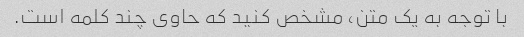
با توجه به یک متن، مشخص کنید که حاوی چند کلمه است.